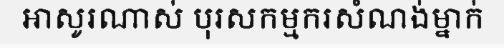
អាសូរណាស់ បុរសកម្មករសំណង់ម្នាក់